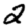
Digit: 2